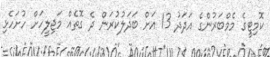
ކޮމިޓީގެ މެމްބަރުންގެ އަދަދު 13 އަށް ބަދަލުކުރަން ދެ ގޮތެއް މަޖިލީހަށް ހުށަހެޅި